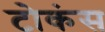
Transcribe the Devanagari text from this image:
टोकंस